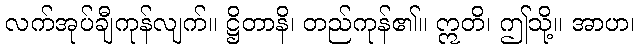
လက်အုပ်ချီကုန်လျက်။ ဋ္ဌိတာနိ၊ တည်ကုန်၏။ ဣတိ၊ ဤသို့။ အာဟ၊